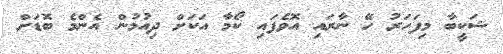
ޝަކީބާ މިފަހަރު ހޭ ނާރައި އޮވެފައި ކޯމާ އަކަށް ދިއުމުން އެންމެ ބޮޑަށް